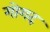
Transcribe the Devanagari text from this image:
गोगद